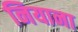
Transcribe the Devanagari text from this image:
नियाना